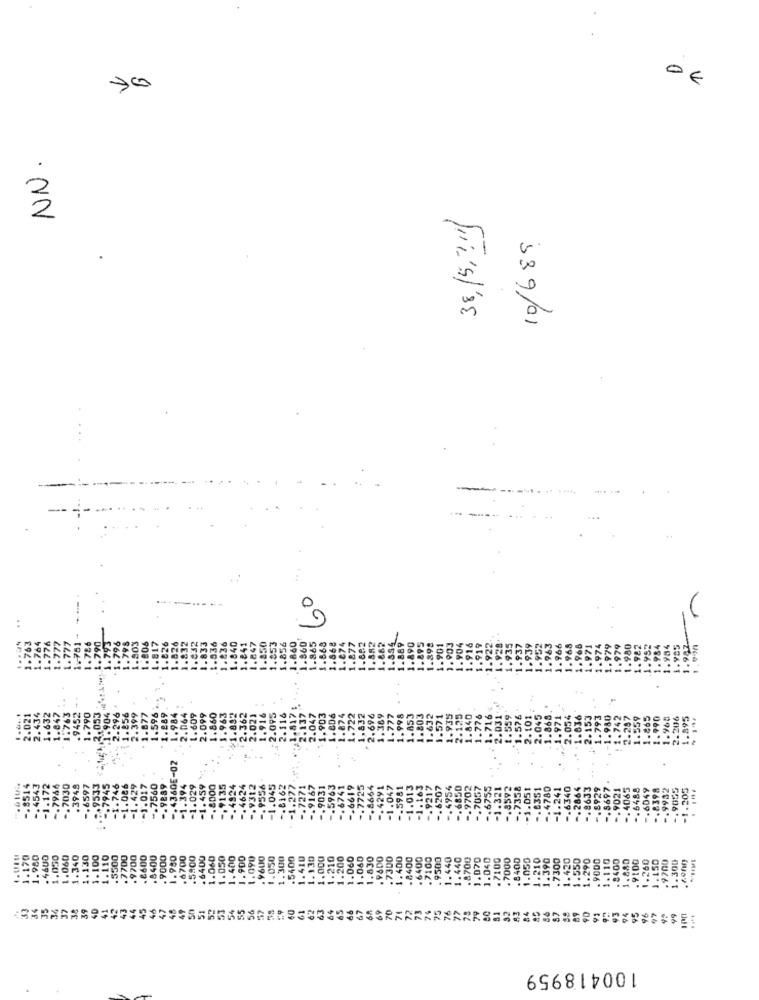
0
€
NN.
38,15, 24)
10/689
60
---
3.053
.971
636
04
-. 4360E-02
.3949
-1.017
-. 7560
-. 9889
-1.394
-- 1.051
. 0351
780
-1.241
. 6340
2864
8633
8929
8697
205
JU
1.170
1.980
.4600
1.030
1.060
1.340
1.130
1.100
1.110
.5500
.7700
.9700
.&600
.8400
.9000
1.980
.6700
.5900
.6400
1.050
1.400
1.900
1.090
. 9600
1.050
1.300
.5400
1.410
1.130
1.000
1.210
1.200
1.060
1.060
1.830
.7300
1.400
-8400
.6400
.7100
. 9500
1.440
1.440
.8700
1.070
.040
.7100
.7000
.8400
.050
1.390
.7300
1.420
1.550
1.290
.9000
110
400
1.880
100
1.260
1.150
.9700
1.300
..
53
34
35
34
37
38
39
4D
41
42
43
44
45
46
47
48
49
51
52
53
54
55
56
60
61
62
63
64
65
66
67
68
69
70
71
100418959